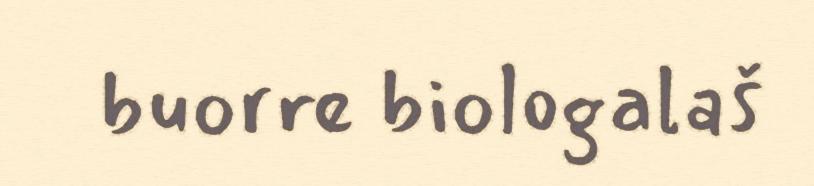
buorre biologalaš